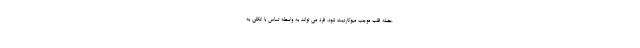
عضله قلب موجب میوکاردیت شود. فرد می تواند به واسطه تماس با انگلی به